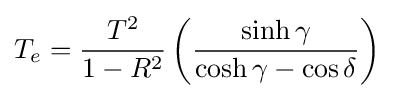
T_{e}={\frac {T^{2}}{1-R^{2}}}\left({\frac {\sinh \gamma }{\cosh \gamma -\cos \delta }}\right)